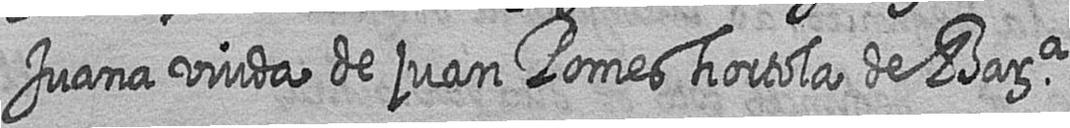
Juana viuda de juan Pomes hortola de Bara